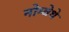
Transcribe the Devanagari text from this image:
नोम्वेथे